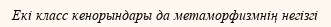
Екі класс кенорындары да метаморфизмнің негізгі